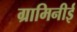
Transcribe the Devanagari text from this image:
ग्रामिनीई